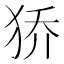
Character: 𰡊